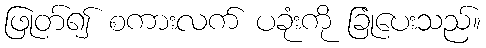
ဖြုတ်၍ စကားလက် ပခုံးကို ခြုံပေးသည်။